Civil Veterinary Dept. Assam report 1927-50 - 1927-1950
Year: 1927
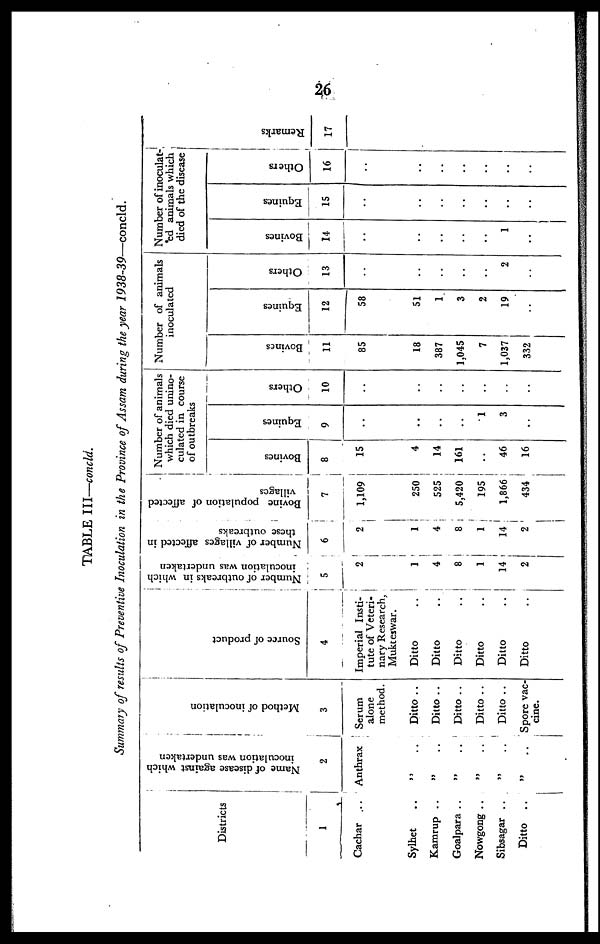
26
TABLE III— concld.
Summary of results of Preventive Inoculation in the Province of Assam during the year 1938-39—concld.
Districts
1
Cachar ..
Sylhet ..
Kamrup ..
Goalpara ..
Nowgong ..
Sibsagar ..
Ditto ..
Name of disease against which
inoculation was undertaken
2
Anthrax
„ ..
„ ..
„ ..
„ ..
„ ..
„ ..
Method of inoculation
3
Serum
alone
method.
Ditto ..
Ditto ..
Ditto ..
Ditto ..
Ditto ..
Spore vac-
cine.
Source of product
4
Imperial Insti-
tute of Veteri-
nary Research,
Mukteswar.
Ditto ..
Ditto ..
Ditto ..
Ditto ..
Ditto ..
Ditto ..
Number of outbreaks in which
inoculation was undertaken
5
2
1
4
8
1
14
2
Number of villages affected in
these outbreaks
6
2
1 i
4
8
1
14
2
Bovine population of affected
villages
7
1,109
250
525
5,420
195
1,866
434
Number of animals
which died unino-
culated in course
of outbreaks
Bovines
8
15
4
14
161
..
46
16
Equines
9
..
..
..
..
1
3
..
Others
10
..
..
..
..
..
..
..
Number of animals
inoculated
Bovines
11
85
18
387
1,045
7
1,037
332
Equines
12
58
51
1
3
2
19
..
Others
13
..
..
..
..
..
2
..
Number of inoculat-
ed animals which
died of the disease
Bovines
14
..
..
..
..
..
1
..
Equines
15
..
..
..
..
..
..
..
Others
16
..
..
..
..
..
..
..
Remarks
17